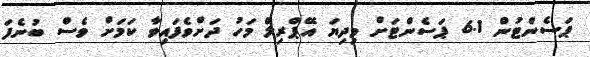
ޕަސެންޓުން 6.1 ޕަސެންޓަށް މިދިޔަ އޭޕްރިލް މަހު ދަށްވެފައިވާ ކަމަށް ވެސް ބުނެފަ